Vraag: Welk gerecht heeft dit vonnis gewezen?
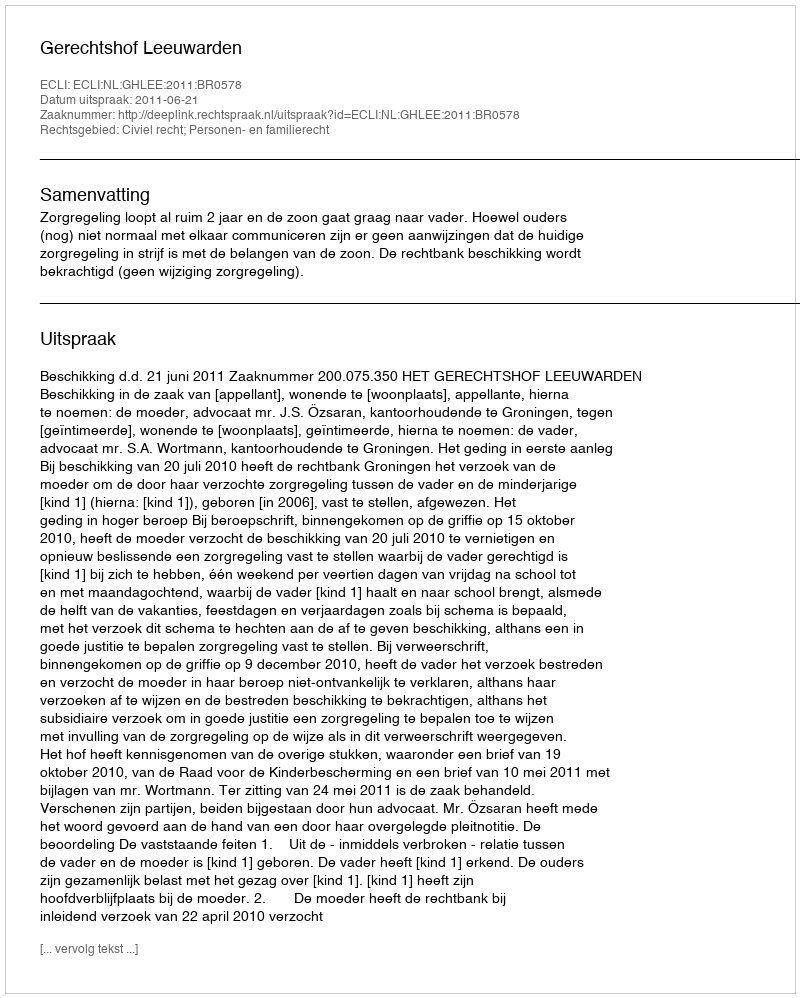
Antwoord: Gerechtshof Leeuwarden